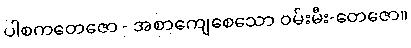
ပါစကတေဇော - အစာကျေစေသော ဝမ်းမီး-တေဇော။